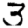
Digit: 3